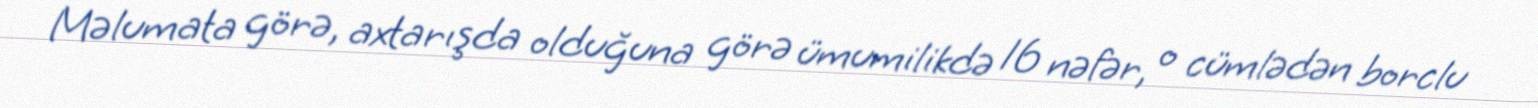
Məlumata görə, axtarışda olduğuna görə ümumilikdə 16 nəfər, o cümlədən borclu